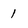
Character: 1